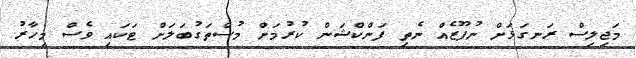
މަޖިލިސް ރަނގަޅަށް ނުފޫޒެއް ނެތި ފަންކްޝަން ކުރުމަށް މުސްތަގުބަލަށް ޓަކައި ވެސް މިހާރު